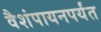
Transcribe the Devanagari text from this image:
वैशंपायनपर्यंत